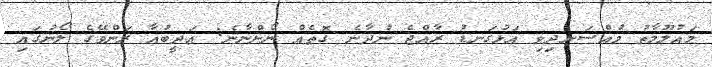
މައުލޫމާތު މުއްސަނދިވި އަޅުގަނޑު ރާއްޖެ ނުދާނެ ގޮތެއް ނޯންނާނެ: އަދީބުއާ ރަންވޭގެ ލޯނުގައި